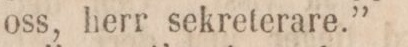
oss, herr sekreterare.”